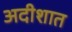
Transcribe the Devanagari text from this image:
अदीशात